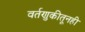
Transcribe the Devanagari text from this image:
वर्तणुकीतूनही